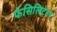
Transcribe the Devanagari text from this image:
फेसिलिटेटर